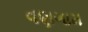
વણગામ